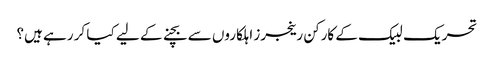
تحریک لبیک کے کارکن رینجرز اہلکاروں سے بچنے کے لیے کیا کر رہے ہیں؟